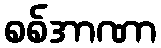
စစ်အာဏာ